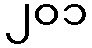
၂၀၁